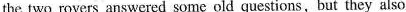
the two rovers answered some old questions, but they also